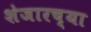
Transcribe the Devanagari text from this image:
शेजारच्‍या